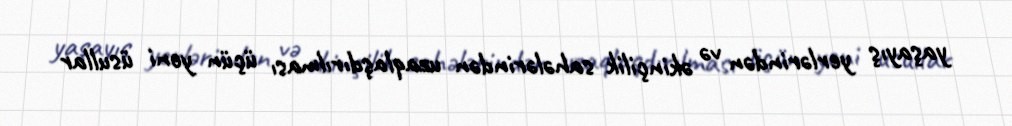
yaşayış yerlərindən və əkinçilik sahələrindən uzaqlaşdırılması üçün yeni üsullar